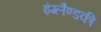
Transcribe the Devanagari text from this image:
इंग्लैण्डकी